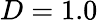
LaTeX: D=1.0